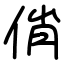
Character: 俏